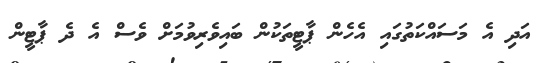
އަދި އެ މަސައްކަތުގައި އެހެން ޕާޓީތަކުން ބައިވެރިވުމަށް ވެސް އެ ދެ ޕާޓީން